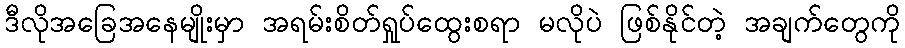
ဒီလိုအခြေအနေမျိုးမှာ အရမ်းစိတ်ရှုပ်ထွေးစရာ မလိုပဲ ဖြစ်နိုင်တဲ့ အချက်တွေကို